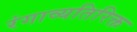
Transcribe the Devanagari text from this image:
रंगाव्यतिरिक्त